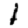
Digit: 1